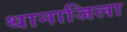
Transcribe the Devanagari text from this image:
थानाजिला